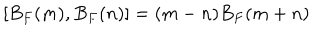
LaTeX: [ B _ { F } ( m ) , B _ { F } ( n ) ] = ( m - n ) B _ { F } ( m + n )